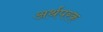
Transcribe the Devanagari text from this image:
अर्थपरक